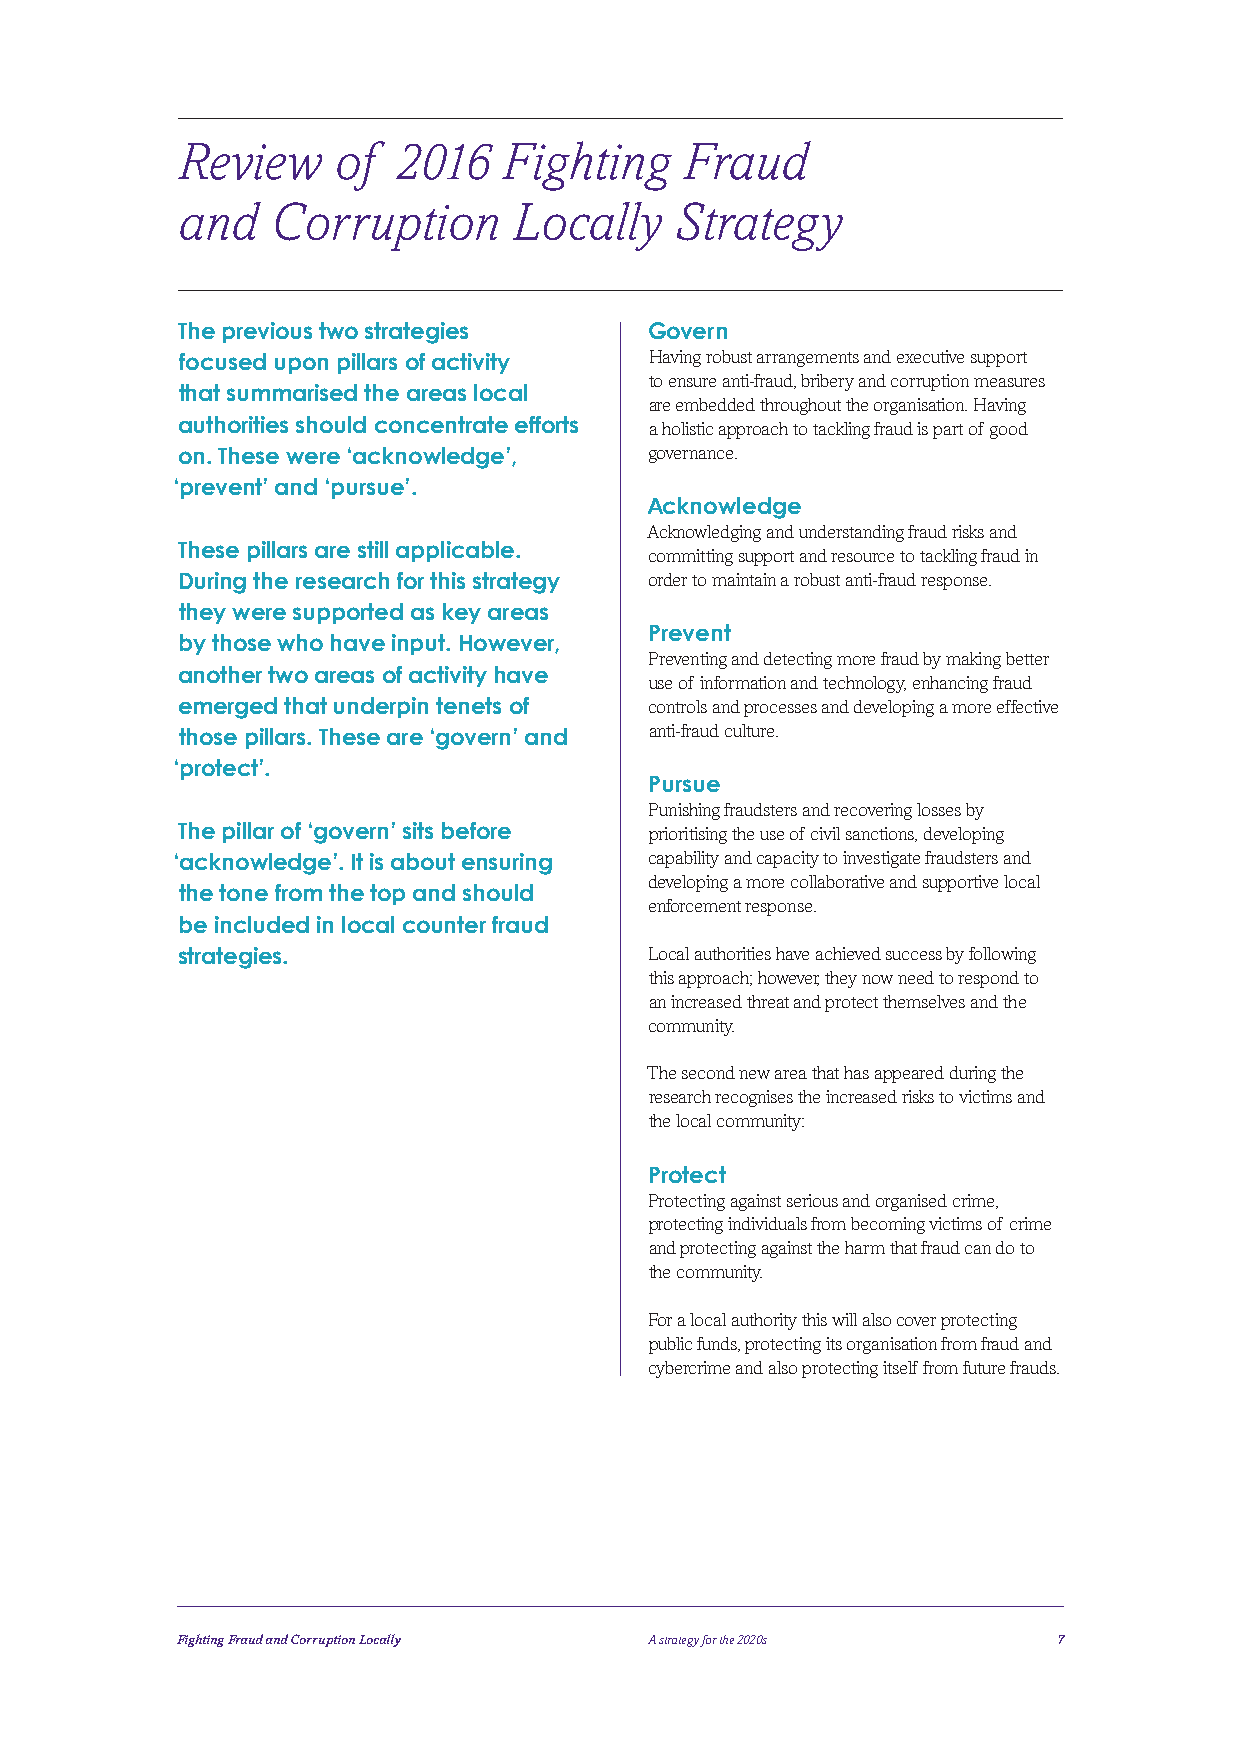
Review    of  2016   Fighting    Fraud
 and   Corruption      Locally    Strategy
 The previous two strategies    Govern
 focused upon pillars of activity Having robust arrangements and executive support
 to ensure anti-fraud, bribery and corruption measures
 that summarised the areas local
 are embedded throughout the organisation. Having
 authorities should concentrate efforts a holistic approach to tackling fraud is part of good
 on. These were ‘acknowledge’,  governance.
 ‘prevent’ and ‘pursue’.
 Acknowledge
 Acknowledging and understanding fraud risks and
 These pillars are still applicable.
 committing support and resource to tackling fraud in
 During the research for this strategy order to maintain a robust anti-fraud response.
 they were supported as key areas
 Prevent
 by those who have input. However,
 Preventing and detecting more fraud by making better
 another two areas of activity have
 use of information and technology, enhancing fraud
 emerged that underpin tenets of controls and processes and developing a more effective
 those pillars. These are ‘govern’ and anti-fraud culture.
 ‘protect’.
 Pursue
 Punishing fraudsters and recovering losses by
 The pillar of ‘govern’ sits before prioritising the use of civil sanctions, developing
 ‘acknowledge’. It is about ensuring capability and capacity to investigate fraudsters and
 developing a more collaborative and supportive local
 the tone from the top and should
 enforcement response.
 be included in local counter fraud
 strategies.                    Local authorities have achieved success by following
 this approach; however, they now need to respond to
 an increased threat and protect themselves and the
 community.
 The second new area that has appeared during the
 research recognises the increased risks to victims and
 the local community:
 Protect
 Protecting against serious and organised crime,
 protecting individuals from becoming victims of crime
 and protecting against the harm that fraud can do to
 the community.
 For a local authority this will also cover protecting
 public funds, protecting its organisation from fraud and
 cybercrime and also protecting itself from future frauds.
 Fighting Fraud and Corruption Locally A strategy for the 2020s 7